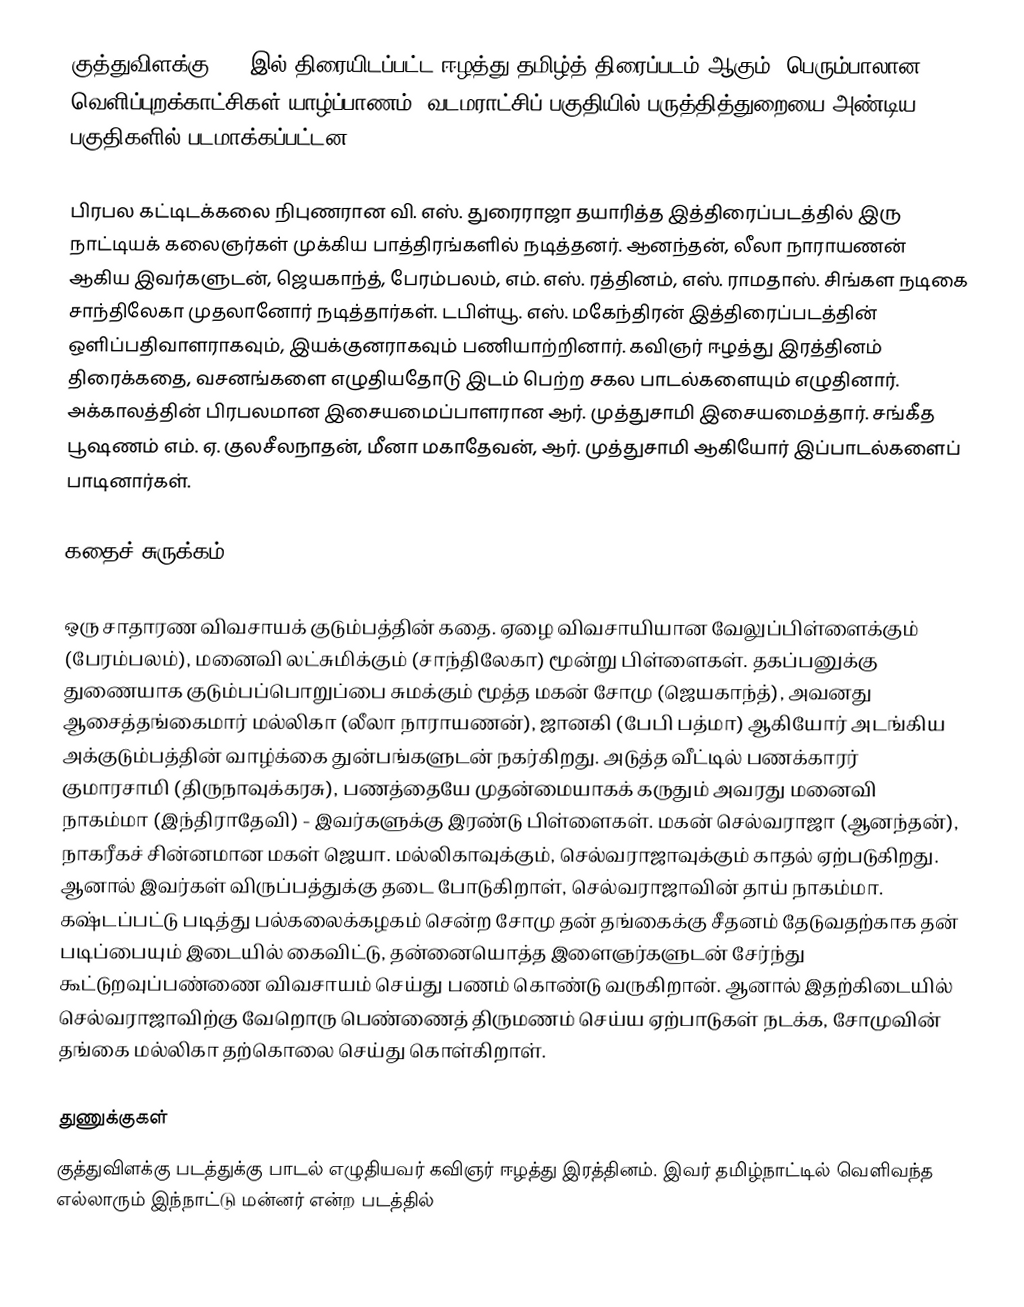
குத்துவிளக்கு 1972இல் திரையிடப்பட்ட ஈழத்து தமிழ்த் திரைப்படம் ஆகும். பெரும்பாலான வெளிப்புறக்காட்சிகள் யாழ்ப்பாணம், வடமராட்சிப் பகுதியில் பருத்தித்துறையை அண்டிய பகுதிகளில் படமாக்கப்பட்டன.

பிரபல கட்டிடக்கலை நிபுணரான வி. எஸ். துரைராஜா தயாரித்த இத்திரைப்படத்தில் இரு நாட்டியக் கலைஞர்கள் முக்கிய பாத்திரங்களில் நடித்தனர். ஆனந்தன், லீலா நாராயணன் ஆகிய இவர்களுடன், ஜெயகாந்த், பேரம்பலம், எம். எஸ். ரத்தினம், எஸ். ராமதாஸ். சிங்கள நடிகை சாந்திலேகா முதலானோர் நடித்தார்கள். டபிள்யூ. எஸ். மகேந்திரன் இத்திரைப்படத்தின் ஒளிப்பதிவாளராகவும், இயக்குனராகவும் பணியாற்றினார். கவிஞர் ஈழத்து இரத்தினம் திரைக்கதை, வசனங்களை எழுதியதோடு இடம் பெற்ற சகல பாடல்களையும் எழுதினார். அக்காலத்தின் பிரபலமான இசையமைப்பாளரான ஆர். முத்துசாமி இசையமைத்தார். சங்கீத பூஷணம் எம். ஏ. குலசீலநாதன், மீனா மகாதேவன், ஆர். முத்துசாமி ஆகியோர் இப்பாடல்களைப் பாடினார்கள்.

கதைச் சுருக்கம்

ஒரு சாதாரண விவசாயக் குடும்பத்தின் கதை. ஏழை விவசாயியான வேலுப்பிள்ளைக்கும் (பேரம்பலம்), மனைவி லட்சுமிக்கும் (சாந்திலேகா) மூன்று பிள்ளைகள். தகப்பனுக்கு துணையாக குடும்பப்பொறுப்பை சுமக்கும் மூத்த மகன் சோமு (ஜெயகாந்த்), அவனது ஆசைத்தங்கைமார் மல்லிகா (லீலா நாராயணன்), ஜானகி (பேபி பத்மா) ஆகியோர் அடங்கிய அக்குடும்பத்தின் வாழ்க்கை துன்பங்களுடன் நகர்கிறது. அடுத்த வீட்டில் பணக்காரர் குமாரசாமி (திருநாவுக்கரசு), பணத்தையே முதன்மையாகக் கருதும் அவரது மனைவி நாகம்மா (இந்திராதேவி) - இவர்களுக்கு இரண்டு பிள்ளைகள். மகன் செல்வராஜா (ஆனந்தன்), நாகரீகச் சின்னமான மகள் ஜெயா. மல்லிகாவுக்கும், செல்வராஜாவுக்கும் காதல் ஏற்படுகிறது. ஆனால் இவர்கள் விருப்பத்துக்கு தடை போடுகிறாள், செல்வராஜாவின் தாய் நாகம்மா. கஷ்டப்பட்டு படித்து பல்கலைக்கழகம் சென்ற சோமு தன் தங்கைக்கு சீதனம் தேடுவதற்காக தன் படிப்பையும் இடையில் கைவிட்டு, தன்னையொத்த இளைஞர்களுடன்  சேர்ந்து  கூட்டுறவுப்பண்ணை விவசாயம் செய்து பணம் கொண்டு வருகிறான். ஆனால் இதற்கிடையில் செல்வராஜாவிற்கு வேறொரு பெண்ணைத் திருமணம் செய்ய ஏற்பாடுகள் நடக்க, சோமுவின் தங்கை மல்லிகா தற்கொலை செய்து கொள்கிறாள்.

துணுக்குகள்
 குத்துவிளக்கு படத்துக்கு பாடல் எழுதியவர் கவிஞர் ஈழத்து இரத்தினம். இவர் தமிழ்நாட்டில் வெளிவந்த எல்லாரும் இந்நாட்டு மன்னர் என்ற படத்தில்